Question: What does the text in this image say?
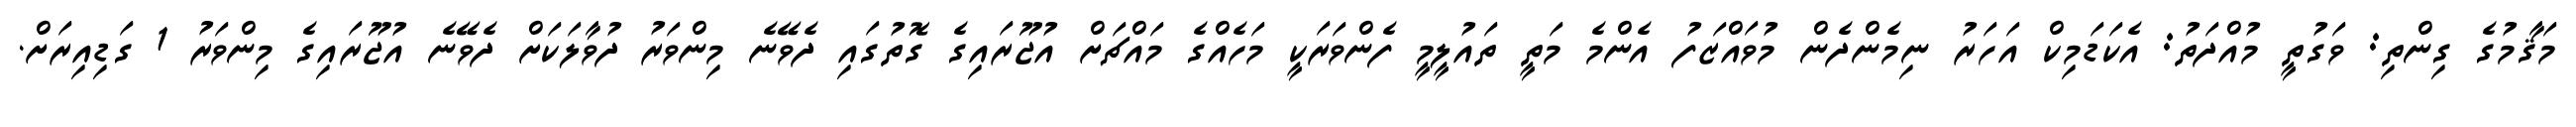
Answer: މަޤާމުގެ ގިންތި: ވަގުތީ މުއްދަތު: އެކަޑަމިކް އަހަރު ނިމެންދެން މުވައްޒަފު އެންމެ މަތީ ތައުލީމީ ފެންވަރަކީ މަހެއްގެ މައްޗަށް އުޖޫރައިގެ ގޮތުގައި ދެވޭނެ މިންވަރު ދުވާލަކަށް ދެވޭނެ އުޖޫރައިގެ މިންވަރު 1 ގަޑިއިރަށް.